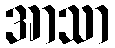
အာသာ